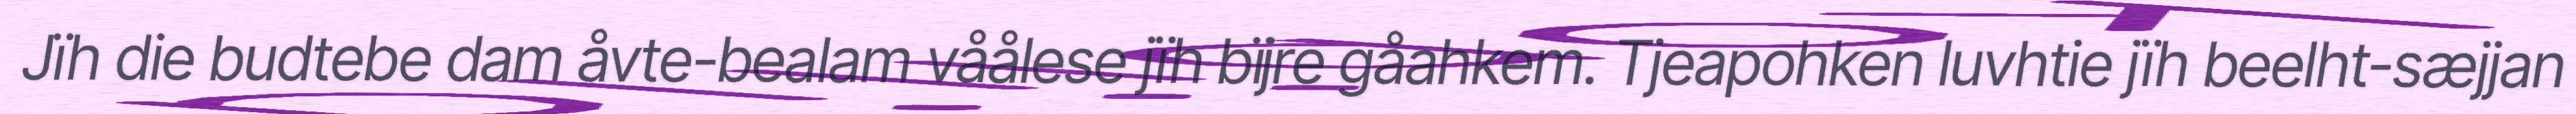
Jïh die budtebe dam åvte-bealam våålese jïh bïjre gåahkem. Tjeapohken luvhtie jïh beelht-sæjjan